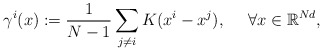
\begin{align*}\gamma^i(x):=\frac1{N-1}\sum_{j\neq i}K(x^i-x^j),~~~~\forall x\in\mathbb R^{Nd},\end{align*}